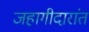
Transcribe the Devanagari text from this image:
जहागीदारांत